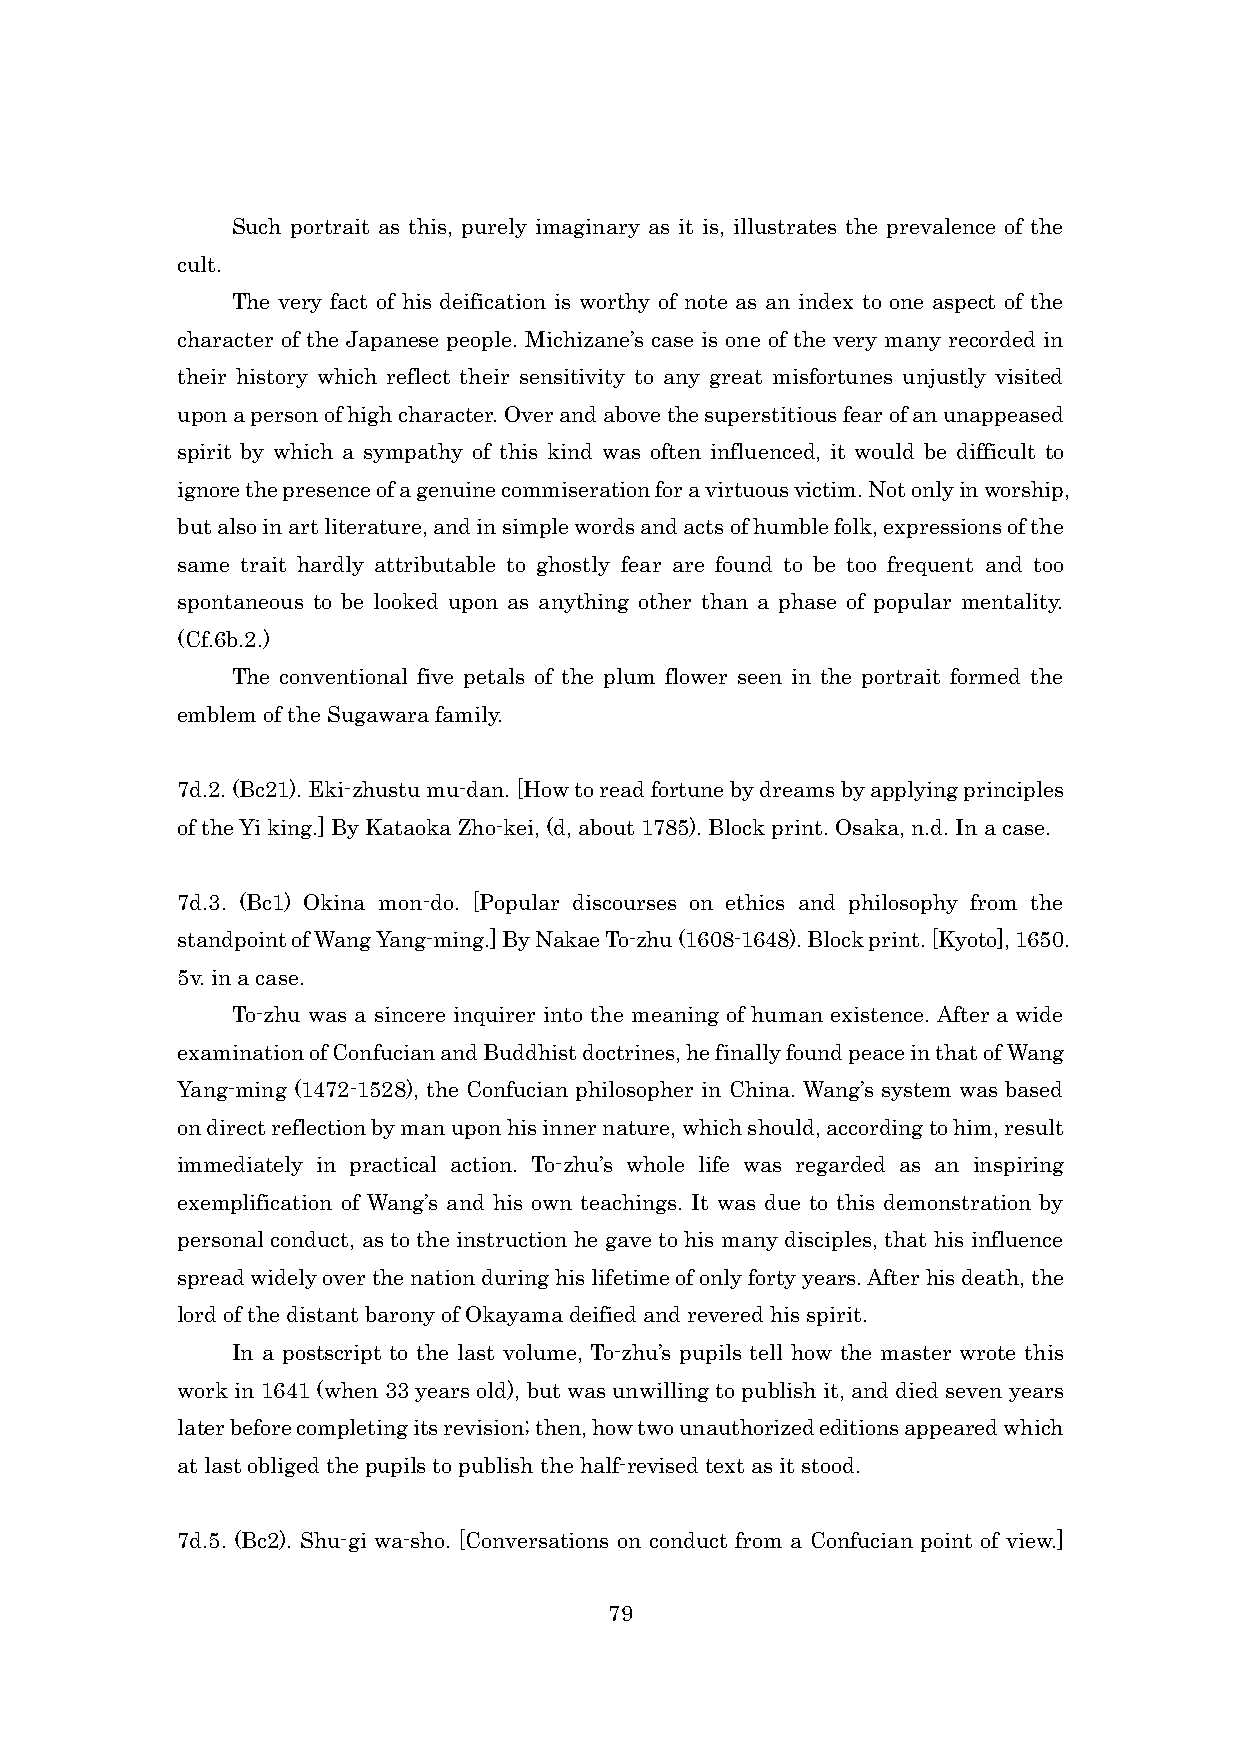
Such portrait as this, purely imaginary as it is, illustrates the prevalence of the
 cult.
 The very fact of his deification is worthy of note as an index to one aspect of the
 character of the Japanese people. Michizane’s case is one of the very many recorded in
 their history which reflect their sensitivity to any great misfortunes unjustly visited
 upon a person of high character. Over and above the superstitious fear of an unappeased
 spirit by which a sympathy of this kind was often influenced, it would be difficult to
 ignore the presence of a genuine commiseration for a virtuous victim. Not only in worship,
 but also in art literature, and in simple words and acts of humble folk, expressions of the
 same trait hardly attributable to ghostly fear are found to be too frequent and too
 spontaneous to be looked upon as anything other than a phase of popular mentality.
 (Cf.6b.2.)
 The conventional five petals of the plum flower seen in the portrait formed the
 emblem of the Sugawara family.
 7d.2. (Bc21). Eki-zhustu mu-dan. [How to read fortune by dreams by applying principles
 of the Yi king.] By Kataoka Zho-kei, (d, about 1785). Block print. Osaka, n.d. In a case.
 7d.3. (Bc1) Okina mon-do. [Popular discourses on ethics and philosophy from the
 standpoint of Wang Yang-ming.] By Nakae To-zhu (1608-1648). Block print. [Kyoto], 1650.
 5v. in a case.
 To-zhu was a sincere inquirer into the meaning of human existence. After a wide
 examination of Confucian and Buddhist doctrines, he finally found peace in that of Wang
 Yang-ming (1472-1528), the Confucian philosopher in China. Wang’s system was based
 on direct reflection by man upon his inner nature, which should, according to him, result
 immediately in practical action. To-zhu’s whole life was regarded as an inspiring
 exemplification of Wang’s and his own teachings. It was due to this demonstration by
 personal conduct, as to the instruction he gave to his many disciples, that his influence
 spread widely over the nation during his lifetime of only forty years. After his death, the
 lord of the distant barony of Okayama deified and revered his spirit.
 In a postscript to the last volume, To-zhu’s pupils tell how the master wrote this
 work in 1641 (when 33 years old), but was unwilling to publish it, and died seven years
 later before completing its revision; then, how two unauthorized editions appeared which
 at last obliged the pupils to publish the half-revised text as it stood.
 7d.5. (Bc2). Shu-gi wa-sho. [Conversations on conduct from a Confucian point of view.]
 79